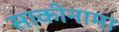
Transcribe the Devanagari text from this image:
साकीनामा